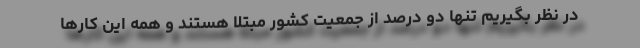
در نظر بگیریم تنها دو درصد از جمعیت کشور مبتلا هستند و همه این کارها